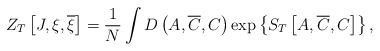
\begin{align*}Z_T\left[ J,\xi,\overline{\xi }\right] =\frac 1N\int D\left(A,\overline{C},C\right) \exp \left\{ S_T\left[A,\overline{C},C\right] \right\},\end{align*}